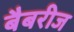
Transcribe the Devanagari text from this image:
बैबरीज